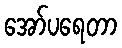
အော်ပရေတာ